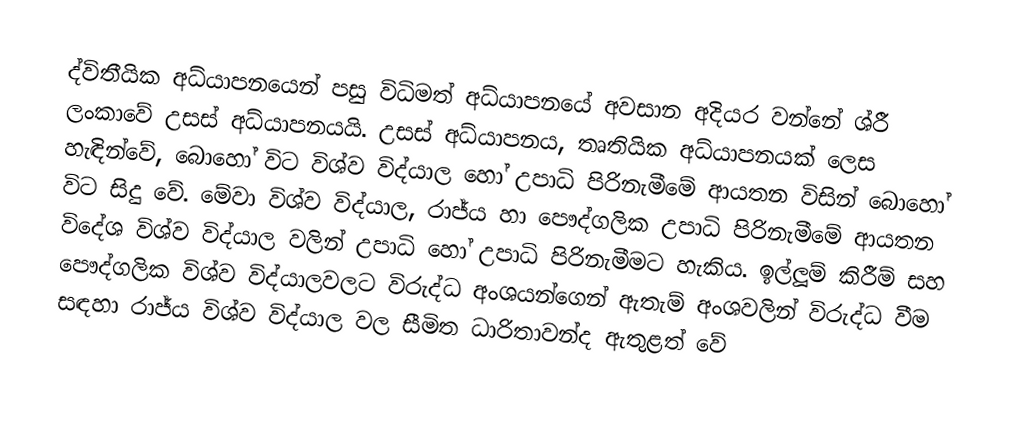
ද්විතීයික අධ්යාපනයෙන් පසු විධිමත් අධ්යාපනයේ අවසාන අදියර වන්නේ ශ්රී ලංකාවේ උසස් අධ්යාපනයයි. උසස් අධ්යාපනය, තෘතියික අධ්යාපනයක් ලෙස හැඳින්වේ, බොහෝ විට විශ්ව විද්යාල හෝ උපාධි පිරිනැමීමේ ආයතන විසින් බොහෝ විට සිදු වේ. මේවා විශ්ව විද්යාල, රාජ්ය හා පෞද්ගලික උපාධි පිරිනැමීමේ ආයතන විදේශ විශ්ව විද්යාල වලින් උපාධි හෝ උපාධි පිරිනැමීමට හැකිය. ඉල්ලූම් කිරීම් සහ පෞද්ගලික විශ්ව විද්යාලවලට විරුද්ධ අංශයන්ගෙන් ඇතැම් අංශවලින් විරුද්ධ වීම සඳහා රාජ්ය විශ්ව විද්යාල වල සීමිත ධාරිතාවන්ද ඇතුළත් වේ